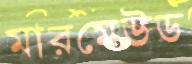
মারমেউড